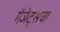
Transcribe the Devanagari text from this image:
गॅजेट्सचा